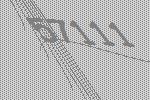
57111